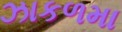
ઝાકળમા